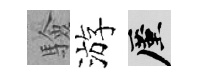
驗游厪